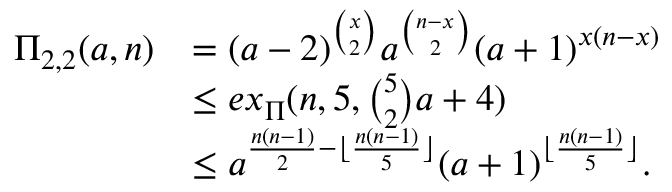
\begin{array} { r l } { \Pi _ { 2 , 2 } ( a , n ) } & { = ( a - 2 ) ^ { \binom { x } { 2 } } a ^ { \binom { n - x } { 2 } } ( a + 1 ) ^ { x ( n - x ) } } \\ & { \leq e x _ { \Pi } ( n , 5 , \binom { 5 } { 2 } a + 4 ) } \\ & { \leq a ^ { \frac { n ( n - 1 ) } { 2 } - \lfloor \frac { n ( n - 1 ) } { 5 } \rfloor } ( a + 1 ) ^ { \lfloor \frac { n ( n - 1 ) } { 5 } \rfloor } . } \end{array}